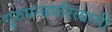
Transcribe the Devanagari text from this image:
गुरुमन्त्रपरित्यागी